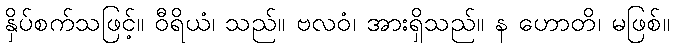
နှိပ်စက်သဖြင့်။ ဝီရိယံ၊ သည်။ ဗလဝံ၊ အားရှိသည်။ န ဟောတိ၊ မဖြစ်။